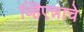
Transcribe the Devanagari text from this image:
व्हिएन्नाचे